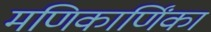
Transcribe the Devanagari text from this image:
मणिकार्णिंका